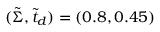
( \tilde { \Sigma } , \tilde { t } _ { d } ) = ( 0 . 8 , 0 . 4 5 )